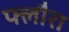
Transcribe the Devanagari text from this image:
फ्लौरा